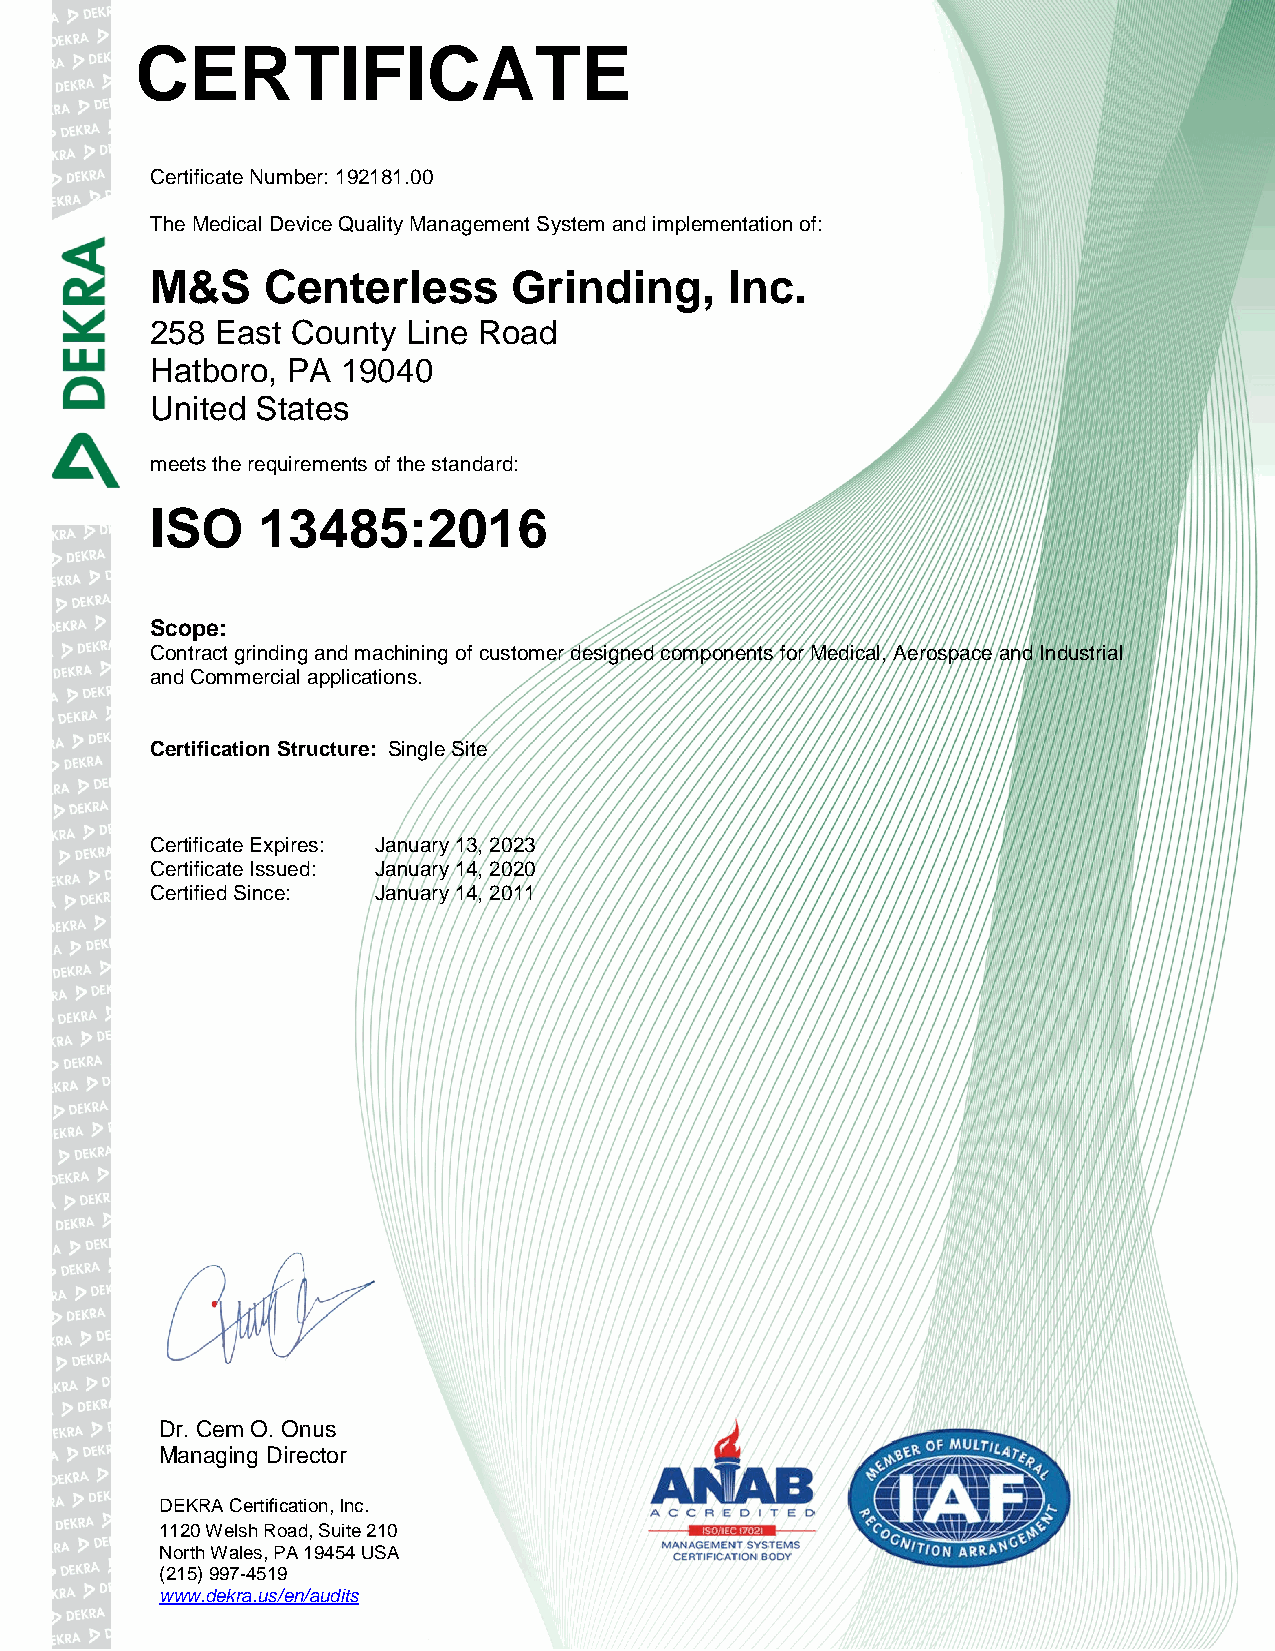
CERTIFICATE
 Certificate Number: 192181.00
 The Medical Device Quality Management System and implementation of:
 M&S     Centerless      Grinding,     Inc.
 258 East County  Line Road
 Hatboro, PA  19040
 United States
 meets the requirements of the standard:
 ISO    13485:2016
 Scope:
 Contract grinding and machining of customer designed components for Medical, Aerospace and Industrial
 and Commercial applications.
 Certification Structure: Single Site
 Certificate Expires: January 13, 2023
 Certificate Issued: January 14, 2020
 Certified Since: January 14, 2011
 Dr. Cem O. Onus
 Managing Director
 DEKRA Certification, Inc.
 1120 Welsh Road, Suite 210
 North Wales, PA 19454 USA
 (215) 997-4519
 www.dekra.us/en/audits